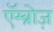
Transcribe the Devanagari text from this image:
एॅम्ब्रोज़्